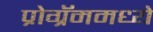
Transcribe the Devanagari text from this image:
प्रोग्रॅममध्ये